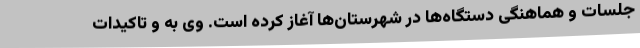
جلسات و هماهنگی دستگاه‌ها در شهرستان‌ها آغاز کرده است. وی به و تاکیدات